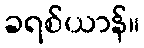
ခရစ်ယာန်။